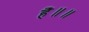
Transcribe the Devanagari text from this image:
है॥॥